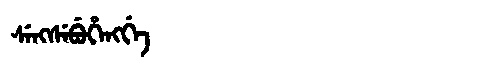
Manchu: ᠰᡝᠩᠰᡝᠪᡠᡥᡝᠩᡤᡝ
Romanization: SENGSEBUHENGGE